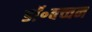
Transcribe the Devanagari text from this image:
डॉ॰बच्चन